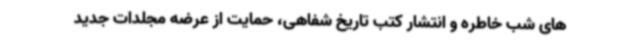
های شب خاطره و انتشار کتب تاریخ شفاهی، حمایت از عرضه مجلدات جدید